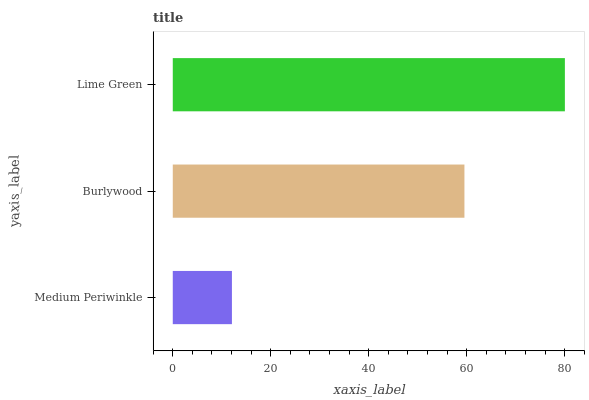
| yaxis_label | bars |
 | --- | --- |
 | Medium Periwinkle | 12.1 |
 | Burlywood | 59.5 |
 | Lime Green | 80 |